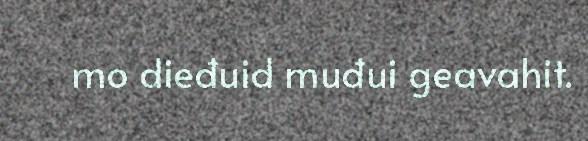
mo dieđuid muđui geavahit.